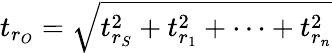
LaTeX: t_{r_{O}}={\sqrt{t_{r_{S}}^{2}+t_{r_{1}}^{2}+\dots+t_{r_{n}}^{2}}}